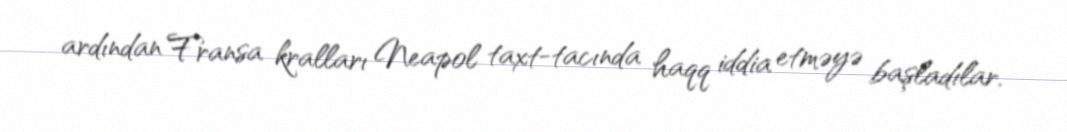
ardından Fransa kralları Neapol taxt-tacında haqq iddia etməyə başladılar.